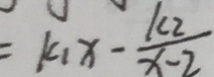
= k _ { 1 } x - \frac { k _ { 2 } } { x - 2 }